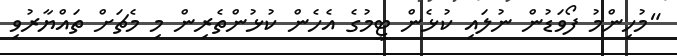
"މުހިންމު ފޯވަޑުން ނުލައި ކުޅެން ޓީމުގެ އެހެން ކުޅުންތެރިން މި މެޗަށް ތައްޔާރުވި